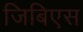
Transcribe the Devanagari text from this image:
जिबिएस